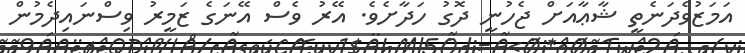
އަމަޒުވެދަނެތީ ޝާޢާއަށް ޖެހުނީ ދޮގު ހަދާށެވެ. އޭރު ވެސް އޭނަގެ ޒަމީރު ވިސްނައިދެމުން